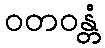
ဝတဝန္တံ